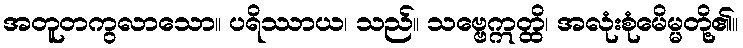
အတူတကွလာသော။ ပရိဿာယ၊ သည်။ သဗ္ဗေဣတ္ထိ၊ အလုံးစုံမေိမ္မတို့၏။